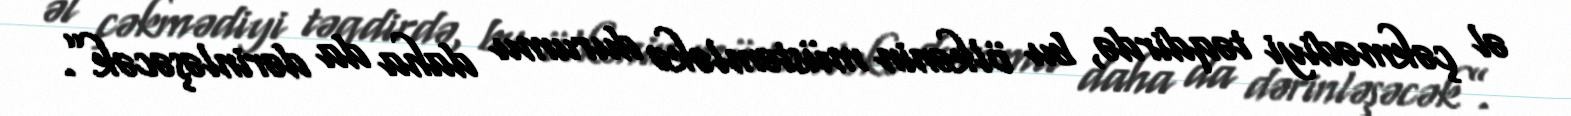
əl çəkmədiyi təqdirdə, bu ölkənin müstəmləkə durumu daha da dərinləşəcək”.